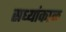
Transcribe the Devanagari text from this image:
सध्यांकाळ